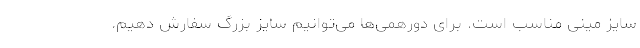
سایز مینی مناسب است. برای دورهمی‌ها می‌توانیم سایز بزرگ سفارش دهیم.